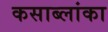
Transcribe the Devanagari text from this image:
कसाब्लांका